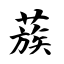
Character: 蔟